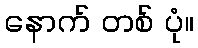
နောက် တစ် ပုံ။